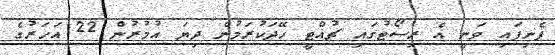
ފެނިފައި ވަނީ އެ ރިސޯޓުގައި ޗުއްޓީ ހޭދަކުރަމުން ދިޔަ އުމުރުން 22 އަހަރުގެ